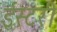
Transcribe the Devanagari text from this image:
ईस्टरी